Leaving Certificate Examination (including Day School Certificate (Higher) General paper), 1929
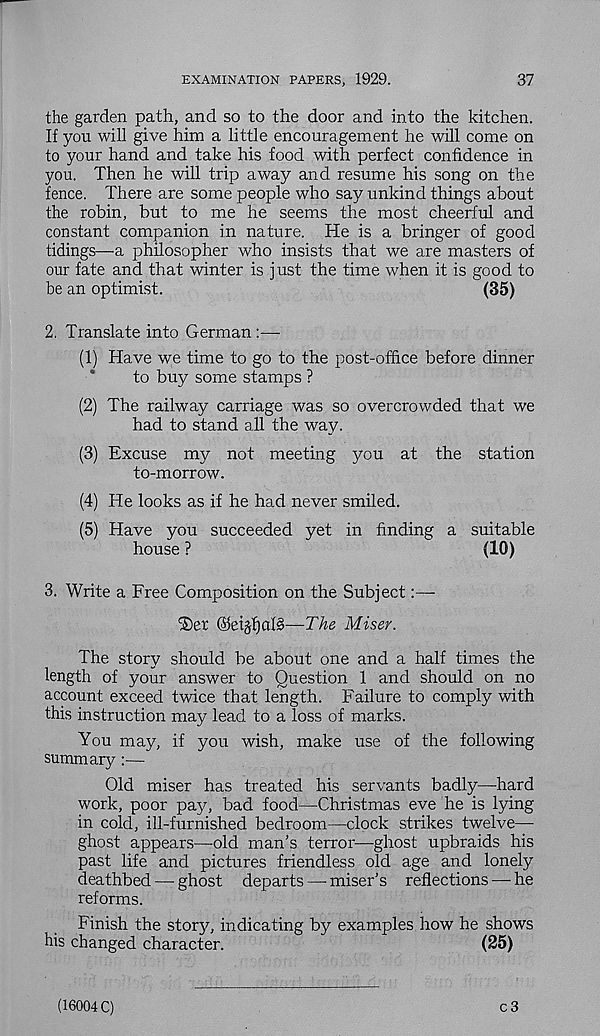
EXAMINATION PAPERS, 1929.
37
the garden path, and so to the door and into the kitchen.
If you will give him a little encouragement he will come on
to your hand and take his food with perfect confidence in
you. Then he will trip away and resume his song on the
fence. There are some people who say unkind things about
the robin, but to me he seems the most cheerful and
constant companion in nature. He is a bringer of good
tidings—a philosopher who insists that we are masters of
our fate and that winter is just the time when it is good to
be an optimist.
(35)
2. Translate into German:—
(1) Have we time to go to the post-office before dinner
to buy some stamps ?
(2) The railway carriage was so overcrowded that we
had to stand all the way.
(3) Excuse my not meeting you at the station
to-morrow.
(4) He looks as if he had never smiled.
(5) Have you succeeded yet in finding a suitable
house ?
(10)
3. Write a Free Composition on the Subject:—-
iSer ©etgfjate—The Miser.
The story should be about one and a half times the
length of your answer to Question 1 and should on no
account exceed twice that length. Failure to comply with
this instruction may lead to a loss of marks.
You may, if you wish, make use of the following
summary:—
Old miser has treated his servants badly—hard
work, poor pay, bad food—Christmas eve he is lying
in cold, ill-furnished bedroom—clock strikes twelve—
ghost appears—old man's terror—ghost upbraids his
past life and pictures friendless old age and lonely
deathbed — ghost departs — miser’s reflections — he
reforms.
Finish the story, indicating by examples how he shows
his changed character.
(25)
(16004 C)
c3